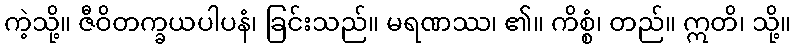
ကဲ့သို့။ ဇီဝိတက္ခယပါပနံ၊ ခြင်းသည်။ မရဏဿ၊ ၏။ ကိစ္စံ၊ တည်။ ဣတိ၊ သို့။